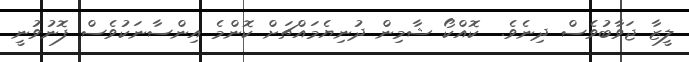
ލީޒާ ޖަވާބުވެސް ދިނެވެ.  ކޮއްކޯ ޝާމިން ދުނިޔެމައްޗަށް ކޮންމެ އިންސާނަކުވެސް ފޮނުވުނީ